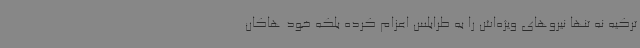
ترکیه نه تنها نیروهای ویژه‌اش را به طرابلس اعزام کرده بلکه خود هاکان